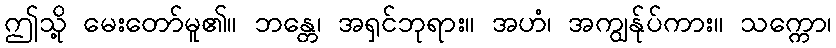
ဤသို့ မေးတော်မူ၏။ ဘန္တေ၊ အရှင်ဘုရား။ အဟံ၊ အကျွန်ုပ်ကား။ သက္ကော၊